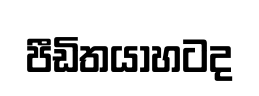
පීඩිතයාහටද